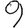
Digit: 9